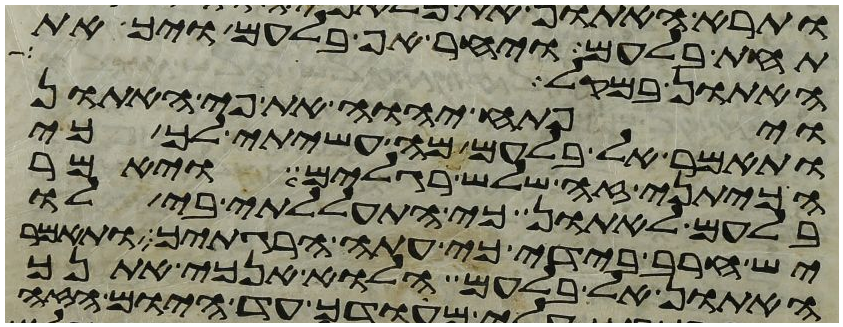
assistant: תחת בלעם ויחר אף בלעם ויך את
האתון במקל
ויפתח יהוה את פי האתון
ותאמר אל בלעם מה עשיתי לך כי
הכיתני זה שלש רגלים ויאמר
בלעם לאתון כי התעללתי בי לו
יש חרב בידי כי עתה הרגתיך ותאמר
האתון אל בלעם הלוא אנכי אתנך